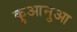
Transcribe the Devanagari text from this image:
कुआनुआ